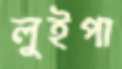
লুইপা